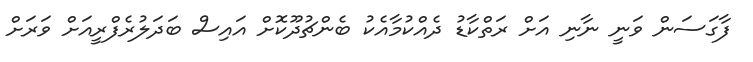
ފާގަސަން ވަނީ ނާނި އަށް ރަތްކާޑު ދެއްކުމާއެކު ބެންޗުދޫކޮށް އައިސް ބަދަލުރެފްރީއަށް ވަރަށް